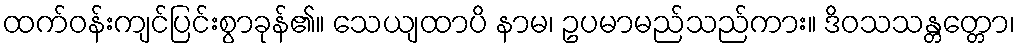
ထက်ဝန်းကျင်ပြင်းစွာခုန်၏။ သေယျထာပိ နာမ၊ ဥပမာမည်သည်ကား။ ဒိဝသသန္တတ္တော၊